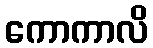
ကောကာလိ